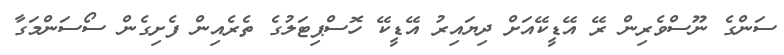
ސަންގެ ނޫސްވެރިން ރޭ އޭޑީކޭއަށް ދިޔައިރު އޭޑީކޭ ހޮސްޕިޓަލުގެ ތެރެއިން ފެށިގެން ސޯސަންމަގާ